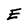
Character: E